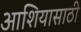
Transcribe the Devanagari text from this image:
आशियासाठी